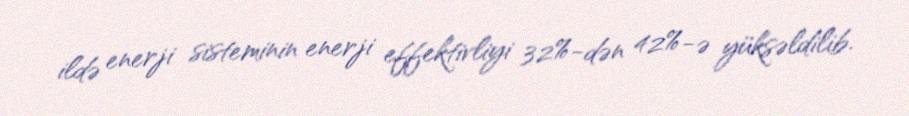
ildə enerji sisteminin enerji effektivliyi 32%-dən 42%-ə yüksəldilib.